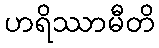
ဟရိဿာမီတိ